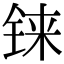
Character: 铼